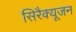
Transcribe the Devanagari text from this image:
सिरैक्यूजन